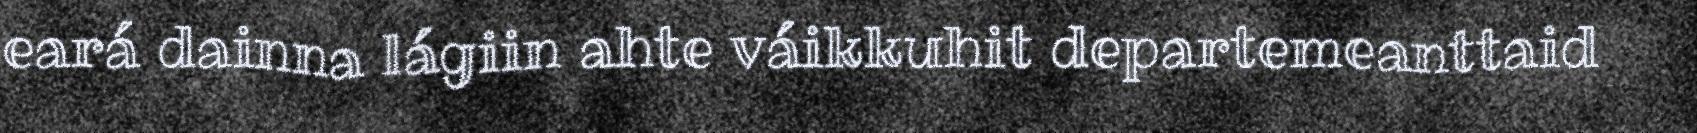
eará dainna lágiin ahte váikkuhit departemeanttaid